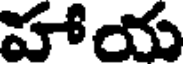
హాయ